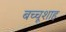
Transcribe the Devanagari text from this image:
बच्चूशाह